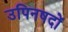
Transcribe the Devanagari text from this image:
उपिनषदों